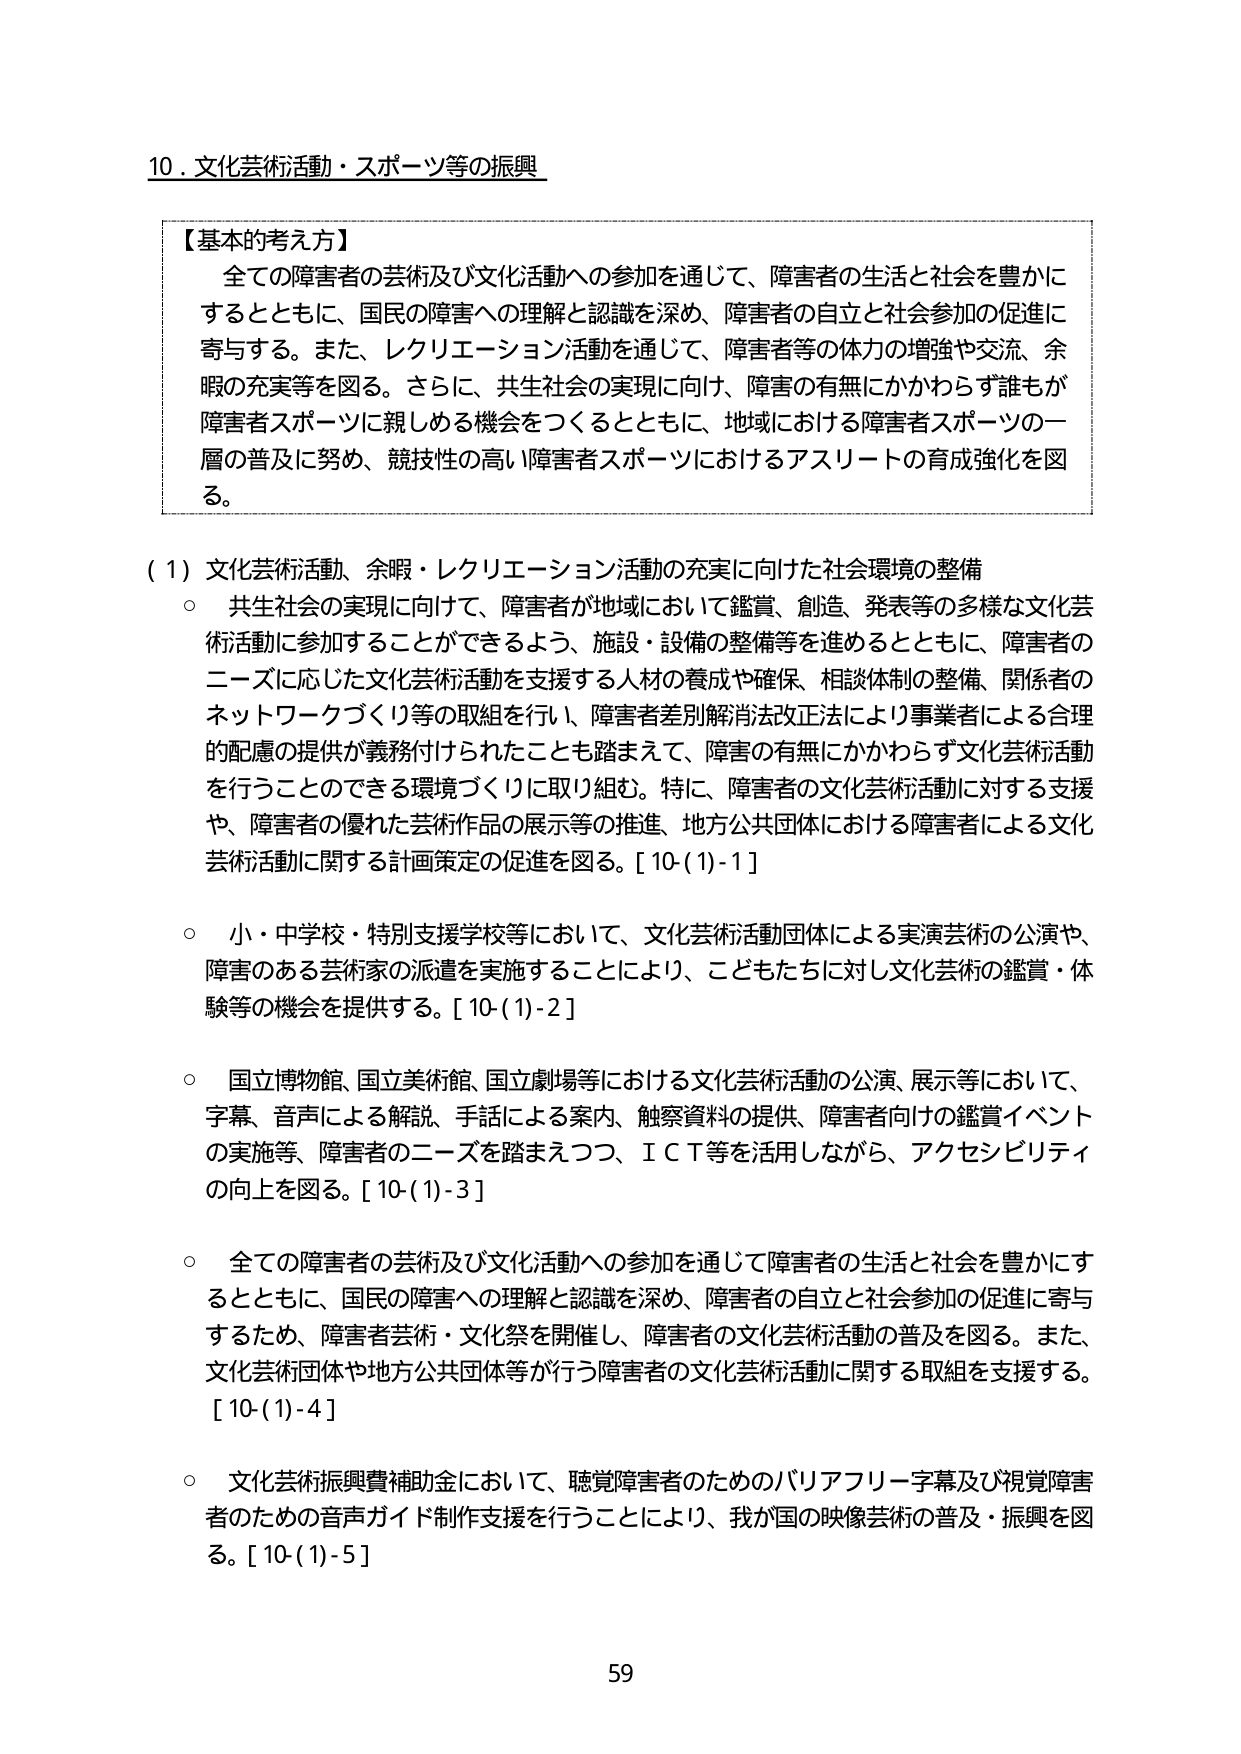
10．文化芸術活動・スポーツ等の振興

【基本的考え方】
　全ての障害者の芸術及び文化活動への参加を通じて、障害者の生活と社会を豊かに
するとともに、国民の障害への理解と認識を深め、障害者の自立と社会参加の促進に
寄与する。また、レクリエーション活動を通じて、障害者等の体力の増強や交流、余
暇の充実等を図る。さらに、共生社会の実現に向け、障害の有無にかかわらず誰もが
障害者スポーツに親しめる機会をつくるとともに、地域における障害者スポーツの一
層の普及に努め、競技性の高い障害者スポーツにおけるアスリートの育成強化を図
る。

（1）文化芸術活動、余暇・レクリエーション活動の充実に向けた社会環境の整備
　○　共生社会の実現に向け、障害者が地域において鑑賞、創造、発表等の多様な文化芸
　　術活動に参加することができるよう、施設・設備の整備等を進めるとともに、障害者の
　　ニーズに応じた文化芸術活動を支援する人材の養成や確保、相談体制の整備、関係者の
　　ネットワークづくり等の取組を行い、障害者差別解消法改正法により事業者による合理
　　的配慮の提供が義務付けられたことも踏まえて、障害の有無にかかわらず文化芸術活動
　　を行うことのできる環境づくりに取り組む。特に、障害者の文化芸術活動に対する支援
　　や、障害者の優れた芸術作品の展示等の推進、地方公共団体における障害者による文化
　　芸術活動に関する計画策定の促進を図る。[10-(1)-1]

　○　小・中学校・特別支援学校等において、文化芸術活動団体による実演芸術の公演や、
　　障害のある芸術家の派遣を実施することにより、こどもたちに対し文化芸術の鑑賞・体
　　験等の機会を提供する。[10-(1)-2]

　○　国立博物館、国立美術館、国立劇場等における文化芸術活動の公演、展示等において、
　　字幕、音声による解説、手話による案内、触察資料の提供、障害者向けの鑑賞イベント
　　の実施等、障害者のニーズを踏まえつつ、ＩＣＴ等を活用しながら、アクセシビリティ
　　の向上を図る。[10-(1)-3]

　○　全ての障害者の芸術及び文化活動への参加を通じて障害者の生活と社会を豊かにす
　　るとともに、国民の障害への理解と認識を深め、障害者の自立と社会参加の促進に寄与
　　するため、障害者芸術・文化祭を開催し、障害者の文化芸術活動の普及を図る。また、
　　文化芸術団体や地方公共団体等が行う障害者の文化芸術活動に関する取組を支援する。
　　[10-(1)-4]

　○　文化芸術振興費補助金において、聴覚障害者のためのバリアフリーフ字幕及び視覚障害
　　者のための音声ガイド制作支援を行うことにより、我が国の映像芸術の普及・振興を図
　　る。[10-(1)-5]

59